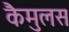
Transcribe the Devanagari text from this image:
कैमुलस